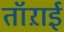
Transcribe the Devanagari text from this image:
तॉऱाई